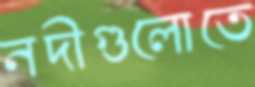
নদীগুলোতে